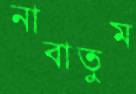
নাবাতুম